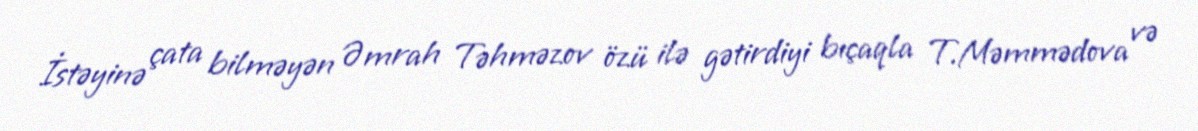
İstəyinə çata bilməyən Əmrah Təhməzov özü ilə gətirdiyi bıçaqla T.Məmmədova və